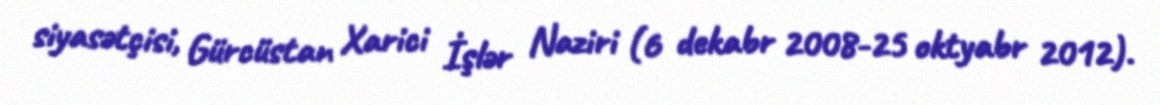
siyasətçisi, Gürcüstan Xarici İşlər Naziri (6 dekabr 2008-25 oktyabr 2012).